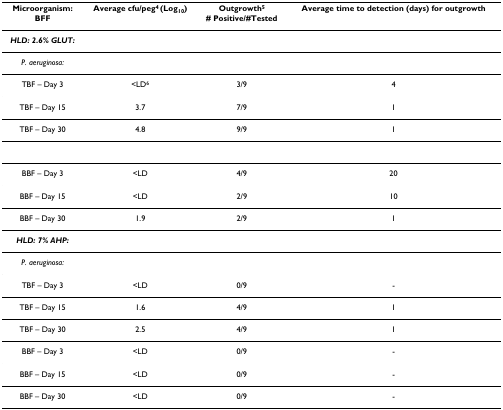
<table><thead><tr><td><b>Microorganism:BFF</b></td><td><b>Average cfu/peg<sup>4 </sup>(Log<sub>10</sub>)</b></td><td><b>Outgrowth<sup>5</sup># Positive/#Tested</b></td><td><b>Average time to detection (days) for outgrowth</b></td></tr></thead><tbody><tr><td><b><i>HLD: 2.6% GLUT:</i></b></td><td></td><td></td><td></td></tr><tr><td><i>P. aeruginosa:</i></td><td></td><td></td><td></td></tr><tr><td>TBF – Day 3</td><td>&lt;LD<sup>6</sup></td><td>3/9</td><td>4</td></tr><tr><td>TBF – Day 15</td><td>3.7</td><td>7/9</td><td>1</td></tr><tr><td>TBF – Day 30</td><td>4.8</td><td>9/9</td><td>1</td></tr><tr><td>BBF – Day 3</td><td>&lt;LD</td><td>4/9</td><td>20</td></tr><tr><td>BBF – Day 15</td><td>&lt;LD</td><td>2/9</td><td>10</td></tr><tr><td>BBF – Day 30</td><td>1.9</td><td>2/9</td><td>1</td></tr><tr><td><b><i>HLD: 7% AHP:</i></b></td><td></td><td></td><td></td></tr><tr><td><i>P. aeruginosa:</i></td><td></td><td></td><td></td></tr><tr><td>TBF – Day 3</td><td>&lt;LD</td><td>0/9</td><td>-</td></tr><tr><td>TBF – Day 15</td><td>1.6</td><td>4/9</td><td>1</td></tr><tr><td>TBF – Day 30</td><td>2.5</td><td>4/9</td><td>1</td></tr><tr><td>BBF – Day 3</td><td>&lt;LD</td><td>0/9</td><td>-</td></tr><tr><td>BBF – Day 15</td><td>&lt;LD</td><td>0/9</td><td>-</td></tr><tr><td>BBF – Day 30</td><td>&lt;LD</td><td>0/9</td><td>-</td></tr></tbody></table>